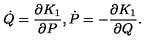
\dot { Q } = \frac { \partial K _ { 1 } } { \partial P } , \dot { P } = - \frac { \partial K _ { 1 } } { \partial Q } .